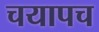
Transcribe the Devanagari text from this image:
चयापच